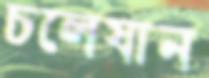
চলেযান